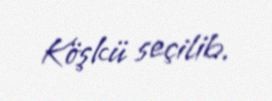
Köşkü seçilib.